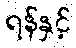
ရန်နှင့်